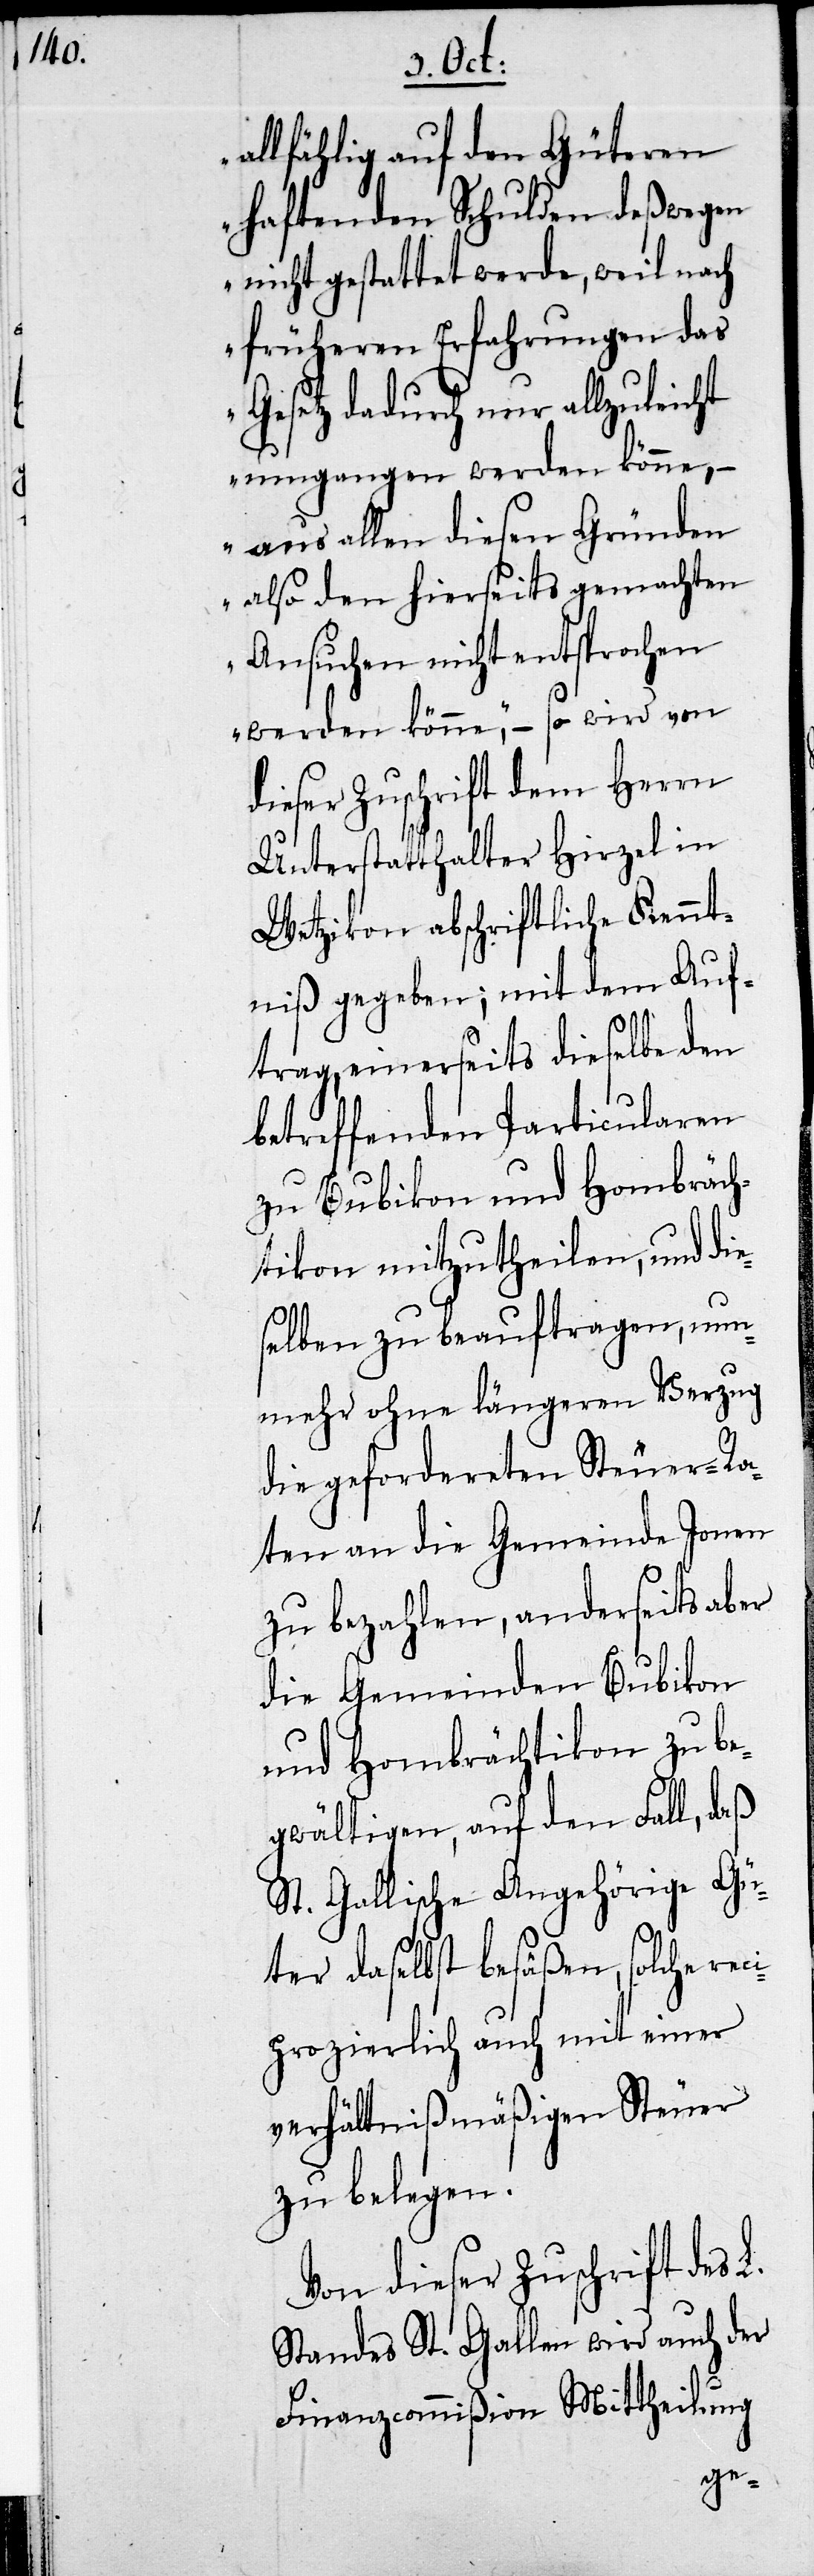
e¬

allfählig auf den Güteren
haftenden Schulden deßwegen
nicht gestattet werde, weil nach
früheren Erfahrungen das
Gesetz dadurch nur allzu
umgangen werden könne, –
aus allen diesen Gründen
also den hierseits gemachten
Ansuchen nicht entsprochen
werden könne,“ – so wird von
dieser Zuschrift dem Herrn
Unterstatthalter Hirzel in
Wetzikon abschriftliche Kennt¬
niß gegeben; mit dem Auf¬
trag, einerseits dieselbe den
betreffenden Particularen
zu Bubikon und Hombräch¬
tikon mitzutheilen, und di¬
selben zu beauftragen, nun¬
mehr ohne längeren Verzug
die gefordereten Steuer-Ra¬
ten an die Gemeinde Jonen
zu bezahlen, anderseits aber
die Gemeinden Bubikon
und Hombrächtikon zu be¬
gwältigen, auf den Fall, daß
St. Gallische Angehörige Gü¬
ter daselbst besäßen, solche rec¬
iprozierlich auch mit einer
verhältnißmäßigen Steuer
zu belegen.
Von dieser Zuschrift des L
Standes St. Gallen wird auch der
Finanzcommißion Mittheilung